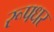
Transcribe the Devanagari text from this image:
रूपधर